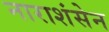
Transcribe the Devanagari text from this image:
नाराशंसेन